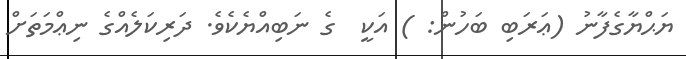
ޔަޙްޔާގެފާނު (ޢަރަބި ބަހުން: ) އަކީ  ގެ ނަބިއްޔެކެވެ. ދަރިކަލެއްގެ ނިޢްމަތަށް